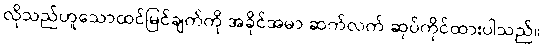
လိုသည်ဟူသောထင်မြင်ချက်ကို အခိုင်အမာ ဆက်လက် ဆုပ်ကိုင်ထားပါသည်။